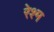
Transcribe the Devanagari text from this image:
रेश्म